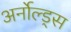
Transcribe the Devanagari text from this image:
अर्नोल्ड्स